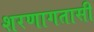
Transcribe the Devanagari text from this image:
शरणागतासी